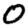
Digit: 0